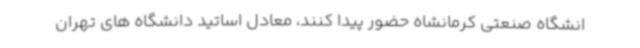
انشگاه صنعتی کرمانشاه حضور پیدا کنند، معادل اساتید دانشگاه های تهران